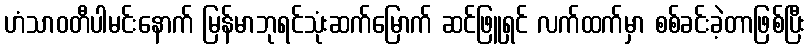
ဟံသာဝတီပါမင်းနောက် မြန်မာဘုရင်သုံးဆက်မြောက် ဆင်ဖြူရှင် လက်ထက်မှာ စစ်ခင်းခဲ့တာဖြစ်ပြီး